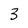
Character: 3